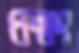
ধম্মং